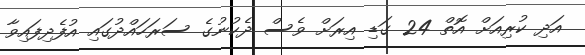
އަދި ކުރިއަށް އޮތް 24 ގަޑި އިރަށް ވެސް ދެކުނުގެ ސަރަހައްދުގައި އުފެދިފައިވާ